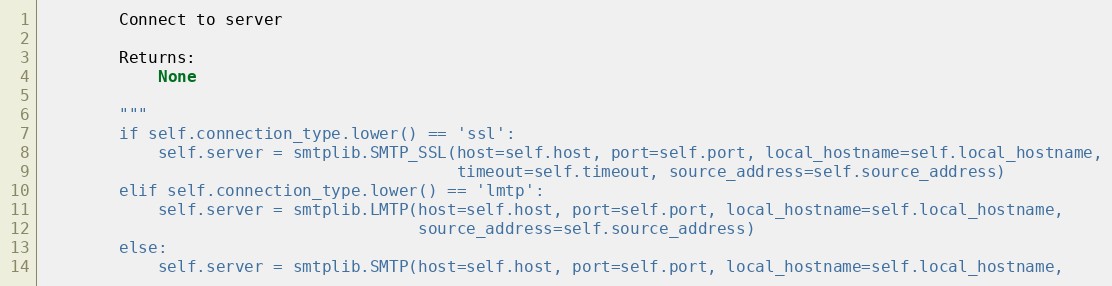
Language: Python
        Connect to server

        Returns:
            None

        """
        if self.connection_type.lower() == 'ssl':
            self.server = smtplib.SMTP_SSL(host=self.host, port=self.port, local_hostname=self.local_hostname,
                                           timeout=self.timeout, source_address=self.source_address)
        elif self.connection_type.lower() == 'lmtp':
            self.server = smtplib.LMTP(host=self.host, port=self.port, local_hostname=self.local_hostname,
                                       source_address=self.source_address)
        else:
            self.server = smtplib.SMTP(host=self.host, port=self.port, local_hostname=self.local_hostname,